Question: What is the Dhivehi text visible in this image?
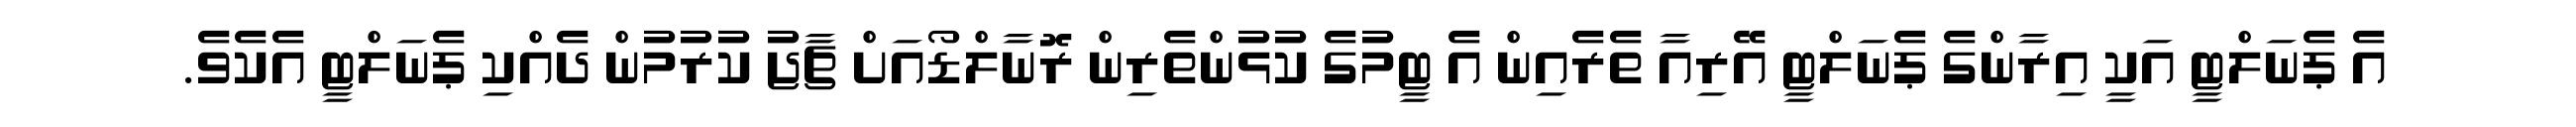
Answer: އެ ޕެނަލްޓީ އަކީ އިރާންގެ ޕެނަލްޓީ އޭރިއާ ތެރެއިން އެ ޓީމުގެ ކުޅުންތެރިން ރޮނާލްޑޯއަށް ޗާޖު ކުރުމުން ދެއްކި ޕެނަލްޓީ އެކެވެ.